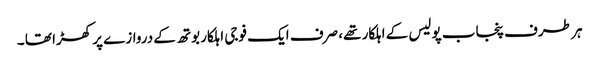
ہر طرف پنجاب پولیس کے اہلکار تھے، صرف ایک فوجی اہلکار بوتھ کے دروازے پر کھڑا تھا ۔